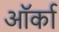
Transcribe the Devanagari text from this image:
ऑर्का